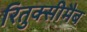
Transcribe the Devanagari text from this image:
रितुक्सीमैब